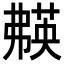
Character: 𬝱